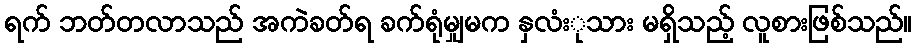
ရက် ဘတ်တလာသည် အကဲခတ်ရ ခက်ရုံမျှမက နှလံးုသား မရှိသည့် လူစားဖြစ်သည်။